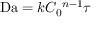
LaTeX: \mathrm { D a } = k C _ { 0 } ^ { \ n - 1 } \tau